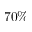
7 0 \%